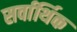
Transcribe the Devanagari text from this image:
सर्वार्थिक